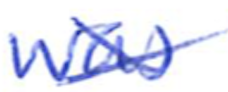
Text: was
Cross-out: cross
Writing tool: ballpoint